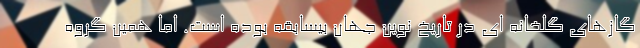
گازهای گلخانه ای در تاریخ نوین جهان بیسابقه بوده است. اما همین گروه